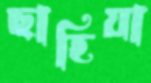
ছাহিয়া